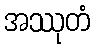
အဿုတံ